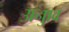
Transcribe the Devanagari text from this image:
अनुाव